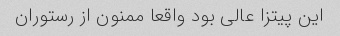
این پیتزا عالی بود واقعا ممنون از رستوران